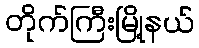
တိုက်ကြီးမြို့နယ်